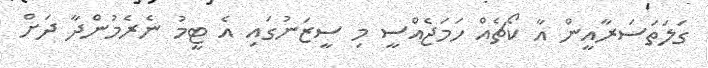
ގަލަތަސަރާއީން އާ ކޯޗެއް ހަމަޖެއްސީ މި ސީޒަނުގައި އެ ޓީމު ނެރެމުންދާ ދަށް